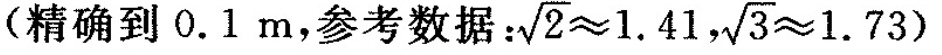
(精确到0.1m，参考数据：$$\sqrt{2} \approx 1 . 4$$，$$\sqrt { 3 } \approx 1 . 7 3$$)